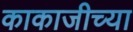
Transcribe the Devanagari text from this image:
काकाजीच्या